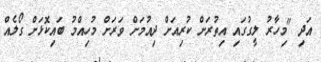
އަދި "މިހާރު ލީގުގައި އިތުރަށް ކުރިއަށް ދިއުމަށް ވަރަށް މުހިއްމު ބައިކޮޅަށް ގޯލެއް